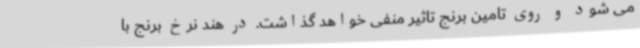
می شود و روی تامین برنج تاثیر منفی خواهد گذاشت. در هند نرخ برنج با